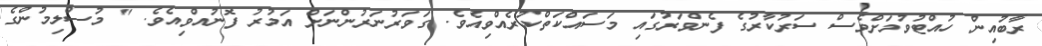
ރާބުއިން ހުއްޓުވުމަށްވެސް ސަރުކާރުގެ ފެންވަރުގައި މަސައްކަތްކުރެއްވިއެވެ. ގަވަރުނަރުންނަށް އަމުރު ފޮނުއްވިއެވެ. " މުސްލިމުންގެ